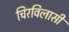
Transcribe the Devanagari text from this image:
चिरविलासी